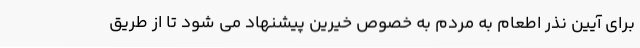
برای آیین نذر اطعام به مردم به خصوص خیرین پیشنهاد می شود تا از طریق